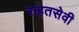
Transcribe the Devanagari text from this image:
राहतसेवी